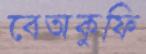
বেঅকুফি